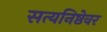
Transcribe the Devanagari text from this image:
सत्यनिष्ठेवर